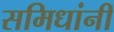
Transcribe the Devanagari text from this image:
समिधांनीं